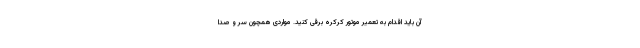
آن باید اقدام به تعمیر موتور کرکره برقی کنید. مواردی همچون سر و صدا